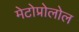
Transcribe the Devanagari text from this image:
मेटोप्रोलोल